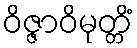
ဝိဇ္ဇာဝိမုတ္တိံ